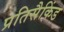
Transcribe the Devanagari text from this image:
प्रतिसैकिंड